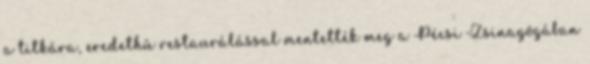
a titkára, eredethû restaurálással mentették meg a Pécsi Zsinagógában